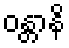
ဝန္တာနိ